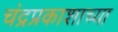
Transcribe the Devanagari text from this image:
चंद्रप्रकाशाच्या